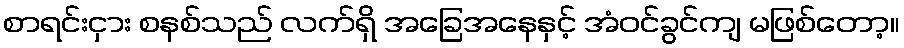
စာရင်းငှား စနစ်သည် လက်ရှိ အခြေအနေနှင့် အံဝင်ခွင်ကျ မဖြစ်တော့။